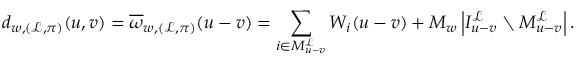
d _ { w , ( \mathcal { L } , \pi ) } ( \boldsymbol { u } , \boldsymbol { v } ) = \overline { { \omega } } _ { w , ( \mathcal { L } , \pi ) } ( \boldsymbol { u } - \boldsymbol { v } ) = \sum _ { i \in M _ { \boldsymbol { u - v } } ^ { \mathcal { L } } } W _ { i } ( \boldsymbol { u } - \boldsymbol { v } ) + M _ { w } \left| I _ { \boldsymbol { u - v } } ^ { \mathcal { L } } \setminus M _ { \boldsymbol { u - v } } ^ { \mathcal { L } } \right| .